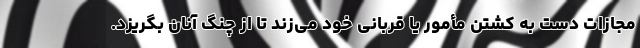
مجازات دست به کشتن مأمور یا قربانی خود می‌زند تا از چنگ آنان بگریزد.